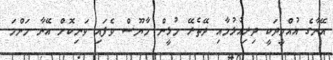
އޭނާގެ އުއްމީދަކީ ދިރިއުޅުމާއި ދޭތެރޭ މުޅީން މާޔޫސް ވެފައި ވަނިކޮށް އޭނާ މަންމަ